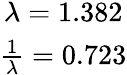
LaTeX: \begin{array}{c}{\lambda=1.382}\\ {\frac{1}{\lambda}=0.723}\end{array}